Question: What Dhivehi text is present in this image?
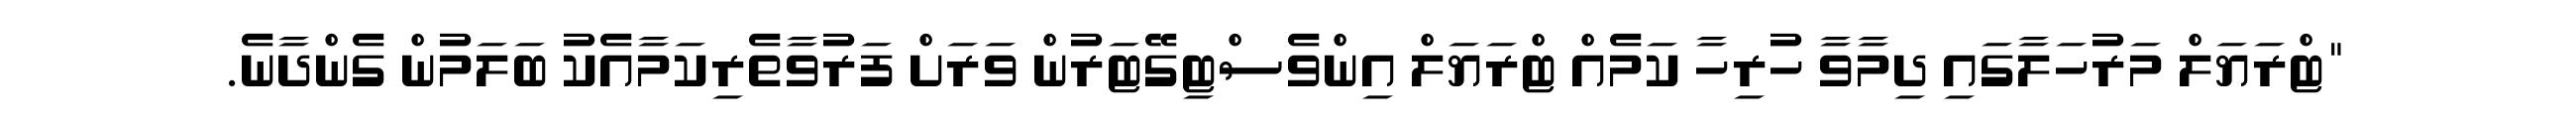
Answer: "ޓްރަޔަލް މަރުހަލާގައި ދިމާވާ ހުރިހާ ކަމެއް ޓްރަޔަލް އިންވެސްޓިގޭޓަރުން ވަރަށް ފަރުވާތެރިކަމާއެކު ބަލަމުން ގެންދާނެ.